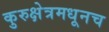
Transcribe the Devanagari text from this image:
कुरुक्षेत्रमधूनच